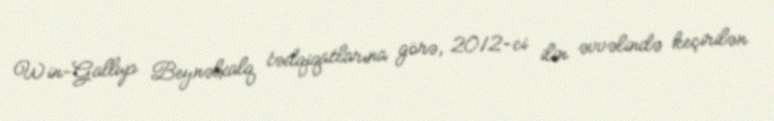
Win-Gallup Beynəlxalq tədqiqatlarına görə, 2012-ci ilin əvvəlində keçirilən